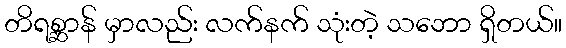
တိရစ္ဆာန် မှာလည်း လက်နက် သုံးတဲ့ သဘော ရှိတယ်။